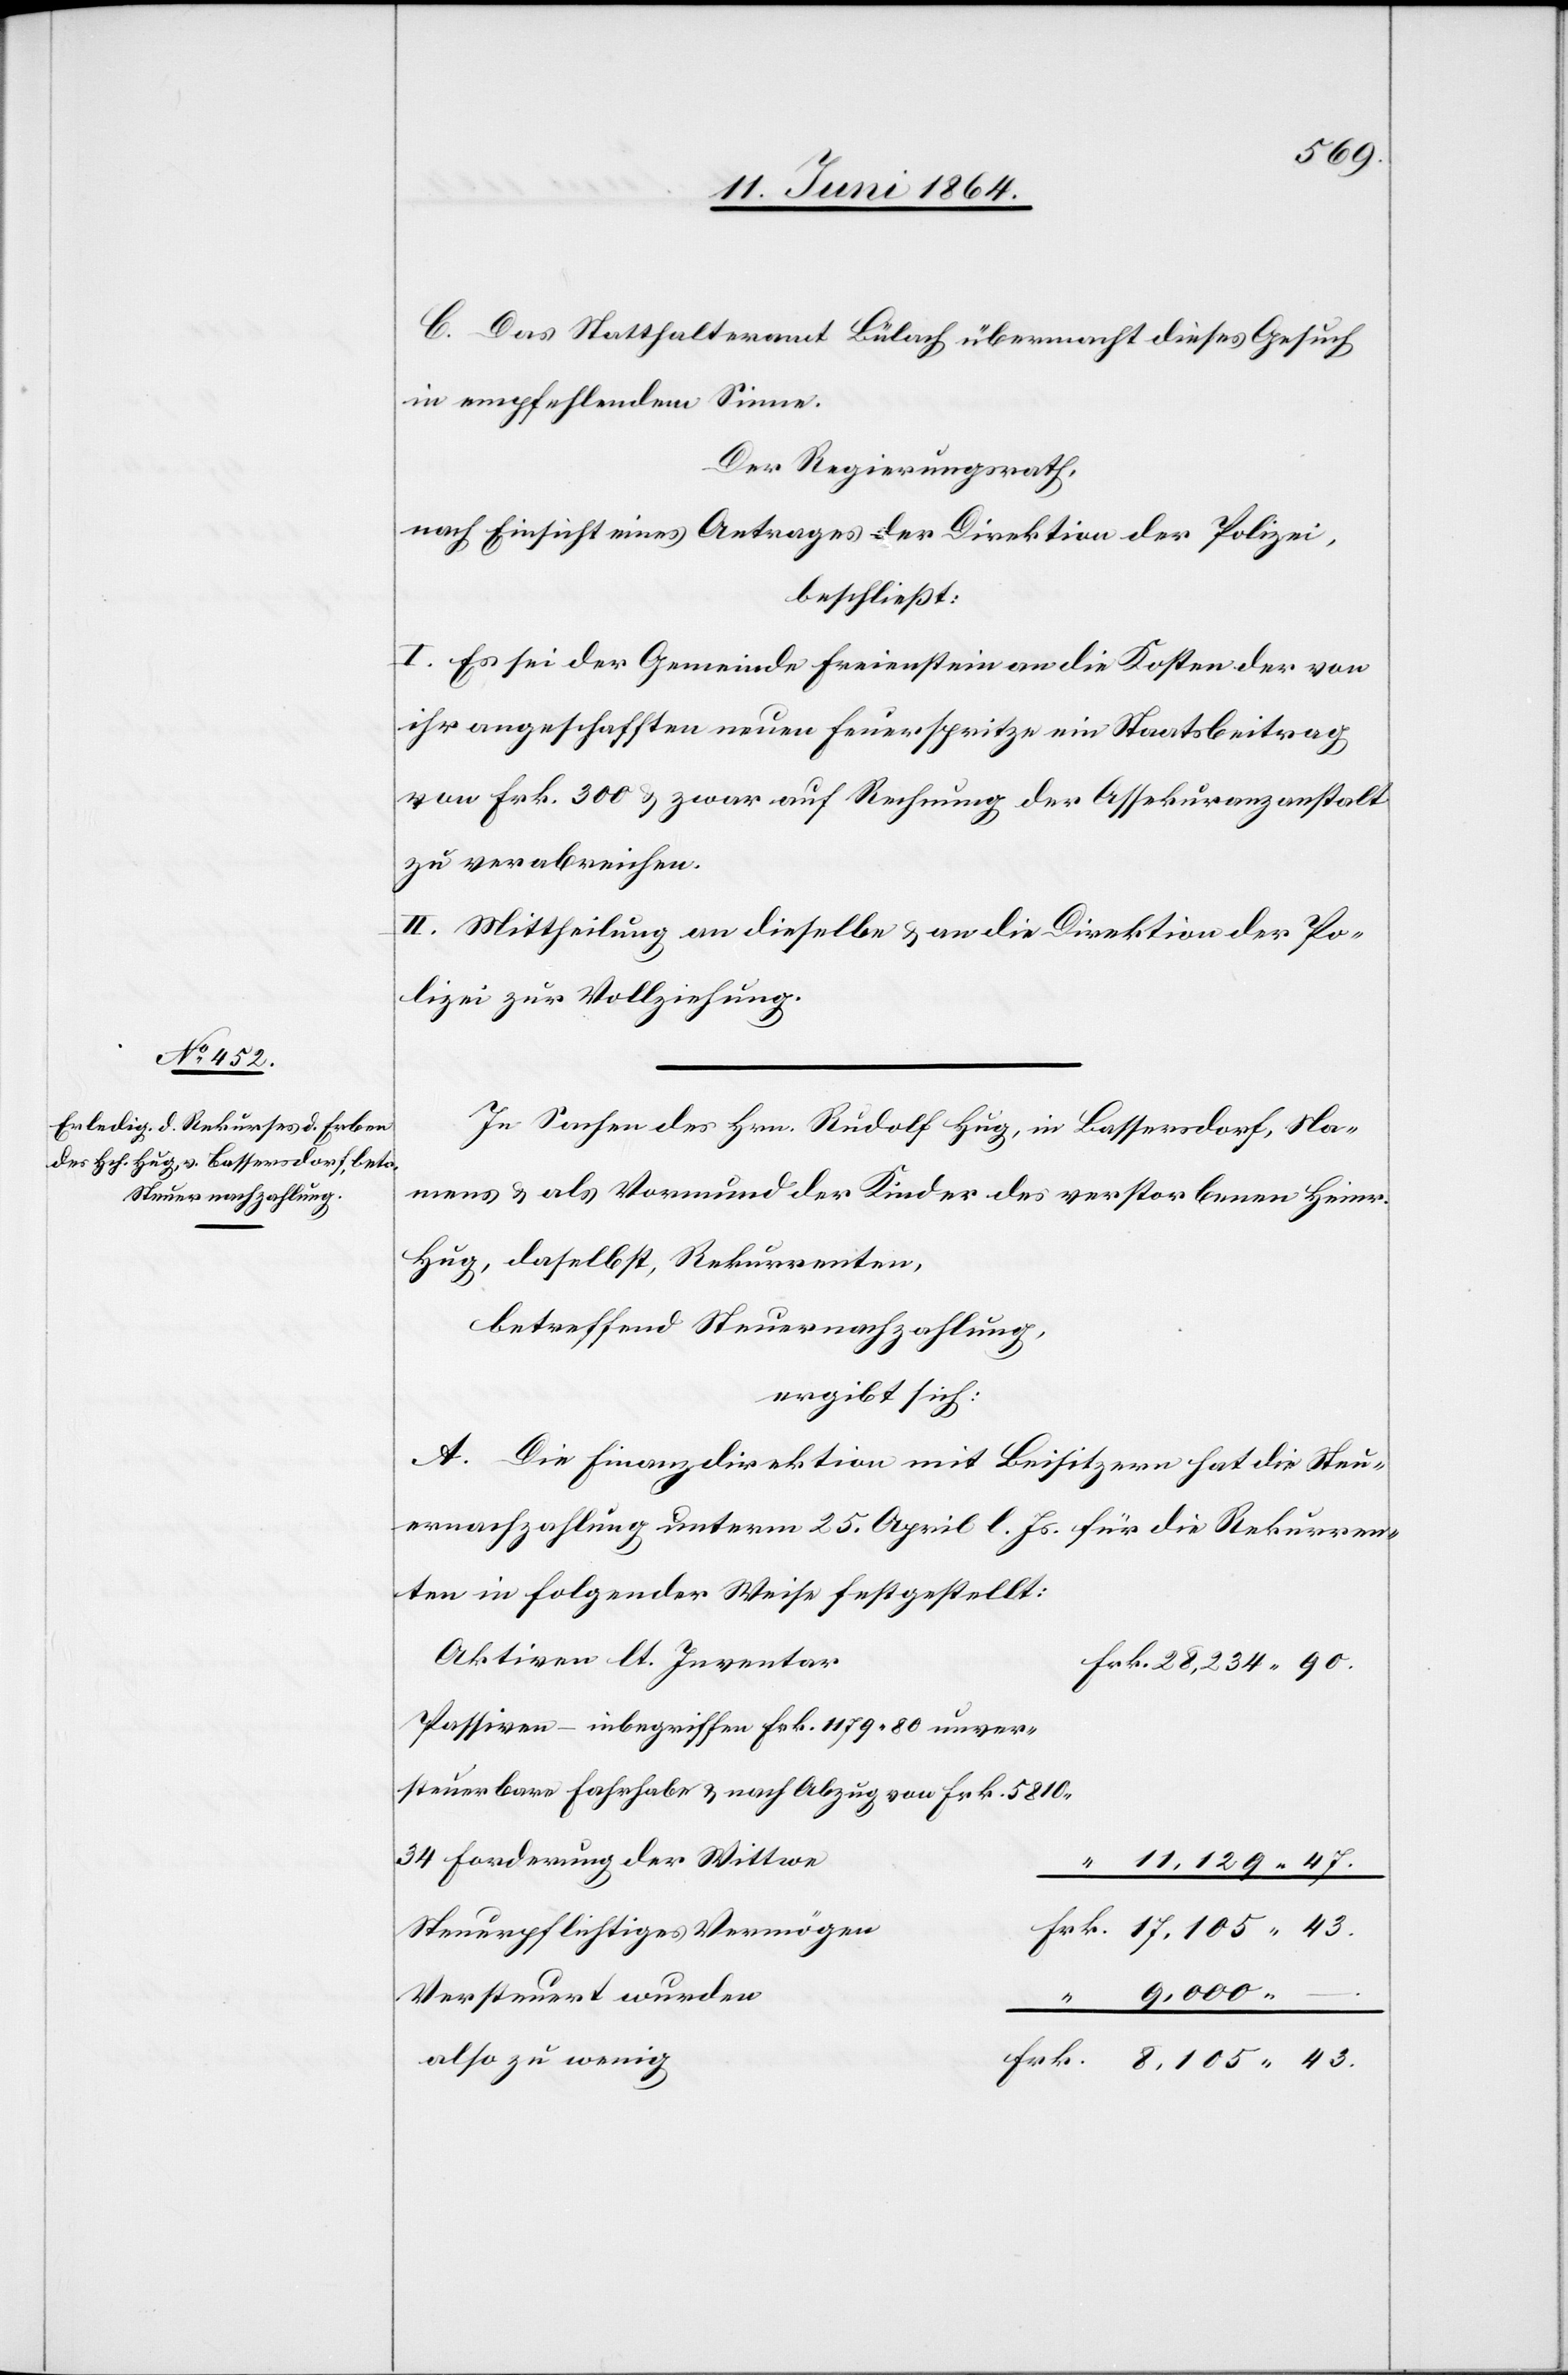
8,105
C. Das Statthalteramt Bülach übermacht dieses Gesuch
in empfehlendem Sinne.
Der Regierungsrath,
nach Einsicht eines Antrages der Direktion der Polizei,
beschließt:
I. Es sei der Gemeinde Freienstein an die Kosten der von
ihr angeschafften neuen Feuerspritze ein Staatsbeitrag
von Frk. 300 u. zwar auf Rechnung der Assekuranzanstalt
zu verabreichen.
II. Mittheilung an dieselbe u. an die Direktion der Po¬
lizei zur Vollziehung.
In Sachen des Hrn. Rudolf Hug, in Bassersdorf, Na¬
mens u. als Vormund der Kinder des verstorbenen Heinr.
Hug, daselbst, Rekurrenten,
betreffend Steuernachzahlung,
ergibt sich:
A. Die Finanzdirektion mit Beisitzern hat die Steu¬
ernachzahlung unterm 25. April l. Js. für die Rekurren¬
ten in folgender Weise festgestellt:
Aktiven lt. Inventar
Passiven – inbegriffen Frk. 1179 80 unver¬
steuerbare Fahrhabe u. nach Abzug von Frk. 5810
34 Forderung der Wittwe
Steuerpflichtiges Vermögen
9,000
Versteuert wurden
–.
also zu wenig